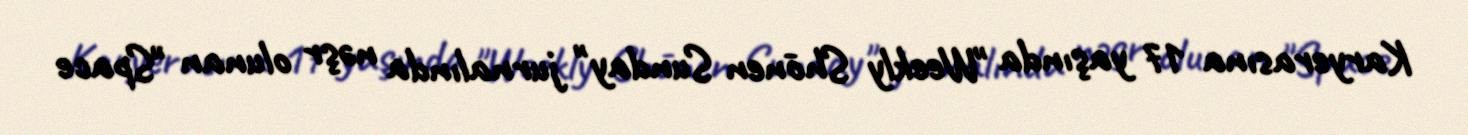
Karyerasına 17 yaşında "Weekly Shōnen Sunday" jurnalında nəşr olunan "Space